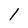
Character: l